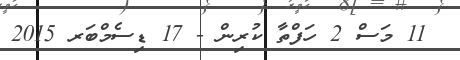
11 މަސް 2 ހަފްތާ ކުރިން - 17 ޑިސެމްބަރ 2015